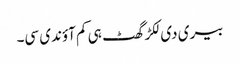
بیری دی لکڑ گھٹ ہی کم آؤندی سی۔